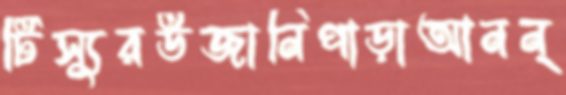
টিস্যুরউজানিপাড়াআনন্